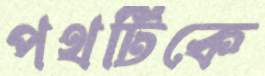
পথটিকে